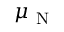
\mu _ { \mathrm { ~ N ~ } }